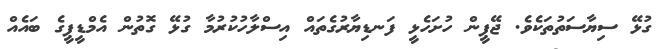
ގުޅޭ ސިޔާސަތުތަކެވެ. ޖޭޕީން ހުށަހެޅީ ފަނޑިޔާރުގެތައް އިސްލާހުކުރުމާ ގުޅޭ ގޮތުން އެމްޑީޕީގެ ބައެއް